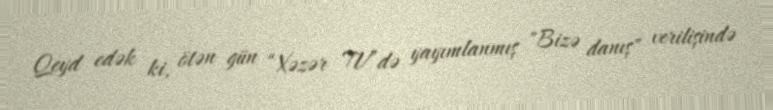
Qeyd edək ki, ötən gün “Xəzər TV”də yayımlanmış "Bizə danış" verilişində